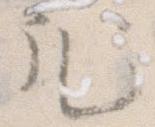
凡